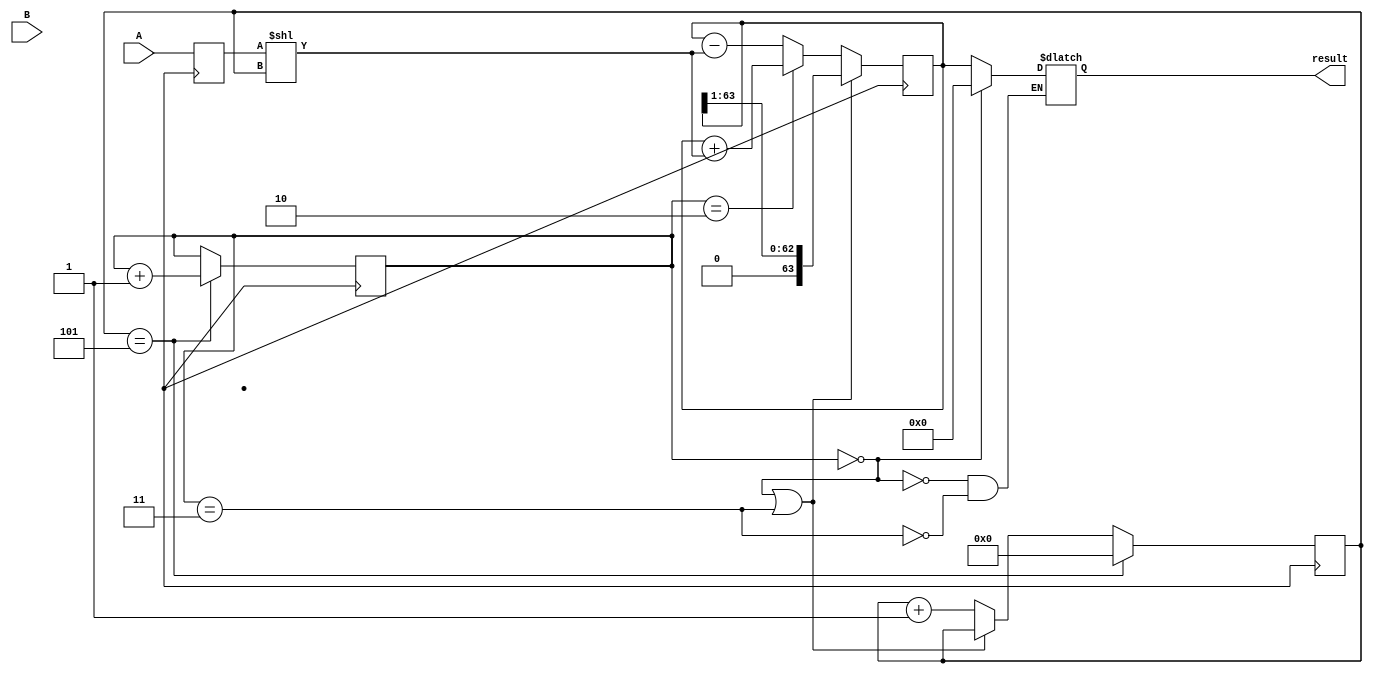
module Booth_Multiplier (
    input signed [31:0] A,
    input signed [31:0] B,
    output reg signed [63:0] result
);

reg [31:0] A_reg, B_reg;
reg [63:0] partial_product;
reg [5:0] count;
reg [1:0] control;

always @(posedge CLK) begin
    A_reg <= A;
    B_reg <= B;
    
    if (control == 2'b00 || control == 2'b11) begin
        partial_product <= partial_product >> 1;
    end else if (control == 2'b10) begin
        partial_product <= partial_product + (A_reg << count);
        count <= count + 1;
    end else begin
        partial_product <= partial_product - (A_reg << count);
        count <= count + 1;
    end
    
    if (count == 5) begin
        count <= 0;
        control <= control + 1;
    end
end

always @(A_reg or B_reg or control) begin
    if (control == 2'b00) begin
        result <= 64'b0;
    end else if (control == 2'b11) begin
        result <= partial_product;
    end
end

endmodule